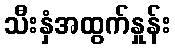
သီးနှံအထွက်နှုန်း